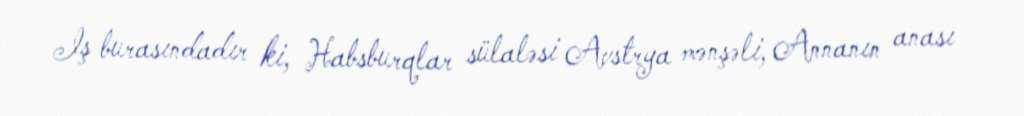
Iş burasındadır ki, Habsburqlar sülaləsi Avstrya mənşəli, Annanın anası